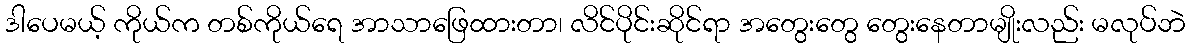
ဒါပေမယ့် ကိုယ်က တစ်ကိုယ်ရေ အာသာဖြေထားတာ၊ လိင်ပိုင်းဆိုင်ရာ အတွေးတွေ တွေးနေတာမျိုးလည်း မလုပ်ဘဲ